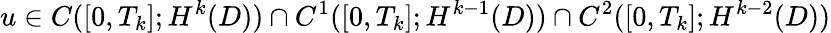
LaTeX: u\in C([0,T_{k}];H^{k}(D))\cap C^{1}([0,T_{k}];H^{k-1}(D))\cap C^{2}([0,T_{k}];H^{k-2}(D))